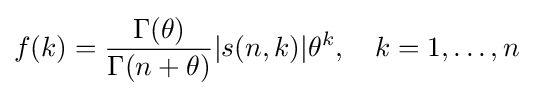
f(k)={\frac {\Gamma (\theta )}{\Gamma (n+\theta )}}|s(n,k)|\theta ^{k},\quad k=1,\dots ,n